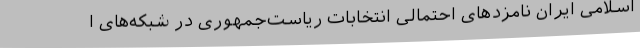
اسلامی ایران نامزدهای احتمالی انتخابات ریاست‌جمهوری در شبکه‌های ا